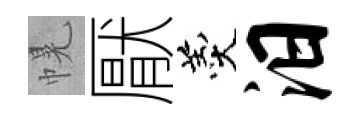
幌厭羹汨